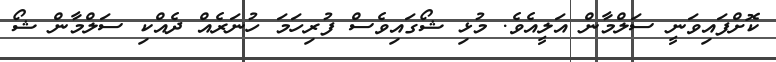
ކޮށްފައިވަނީ ސަލްމާން އަލީއެވެ. މުޅި ޝޯގައިވެސް ފުރިހަމަ ހުނަރެއް ދެއްކި ސަލްމާން ޝޯ